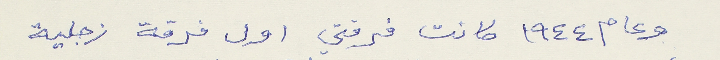
وعام ١٩٤٤ كانت فرقتي اول فرقة زجلية